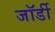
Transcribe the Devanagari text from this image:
जॉर्डी